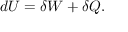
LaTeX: ~ d U = \delta W + \delta Q .